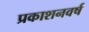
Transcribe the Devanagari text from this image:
प्रकाशनवर्ष